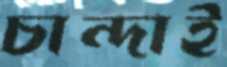
চান্দাই